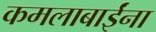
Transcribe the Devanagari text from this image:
कमलाबाईंना